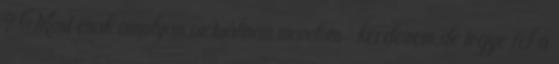
? Most csak amolyan virtuálisan mondom-kérdezem,de tegye fel a